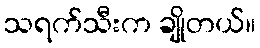
သရက်သီးက ချိုတယ်။